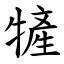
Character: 㹌